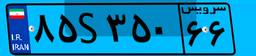
۳۱S۳۵۶۹۷